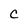
Character: C